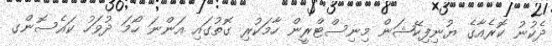
ދެކުނު ކޮރެއާގެ ޔުނިފިކޭޝަން މިނިސްޓްރީން ހާމަކުރި ގޮތުގައި އަންނަ ހޯމަ ދުވަހު ކައެސޮންގ